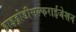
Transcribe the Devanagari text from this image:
हाइड्रोडीसल्फराईजेशन